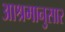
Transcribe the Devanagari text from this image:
आश्रमानुसार